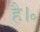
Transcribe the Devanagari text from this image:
है।॰